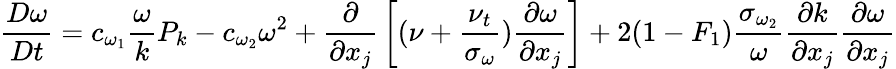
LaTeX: {\frac{D\omega}{Dt}}=c_{\omega_{1}}{\frac{\omega}{k}}P_{k}-c_{\omega_{2}}\omega^{2}+{\frac{\partial}{\partial x_{j}}}\left[(\nu+{\frac{\nu_{t}}{\sigma_{\omega}}}){\frac{\partial\omega}{\partial x_{j}}}\right]+2(1-F_{1}){\frac{\sigma_{\omega_{2}}}{\omega}}{\frac{\partial k}{\partial x_{j}}}{\frac{\partial\omega}{\partial x_{j}}}